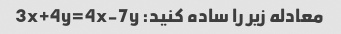
معادله زیر را ساده کنید: 3x+4y=4x-7y